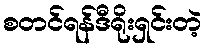
စတင်ရန်ဒီရိုးရှင်းတဲ့